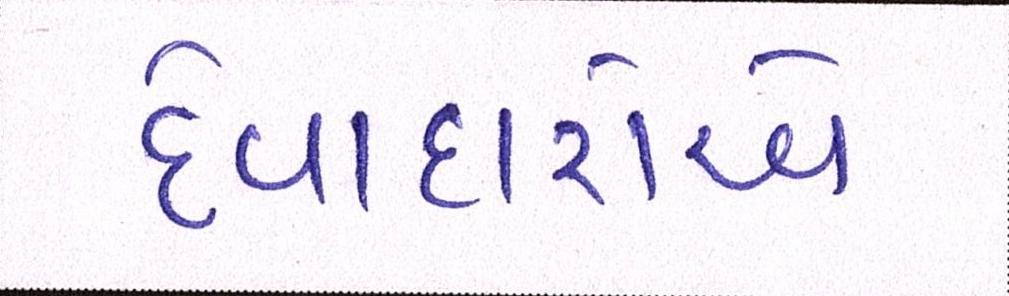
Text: દેવાદારોએ